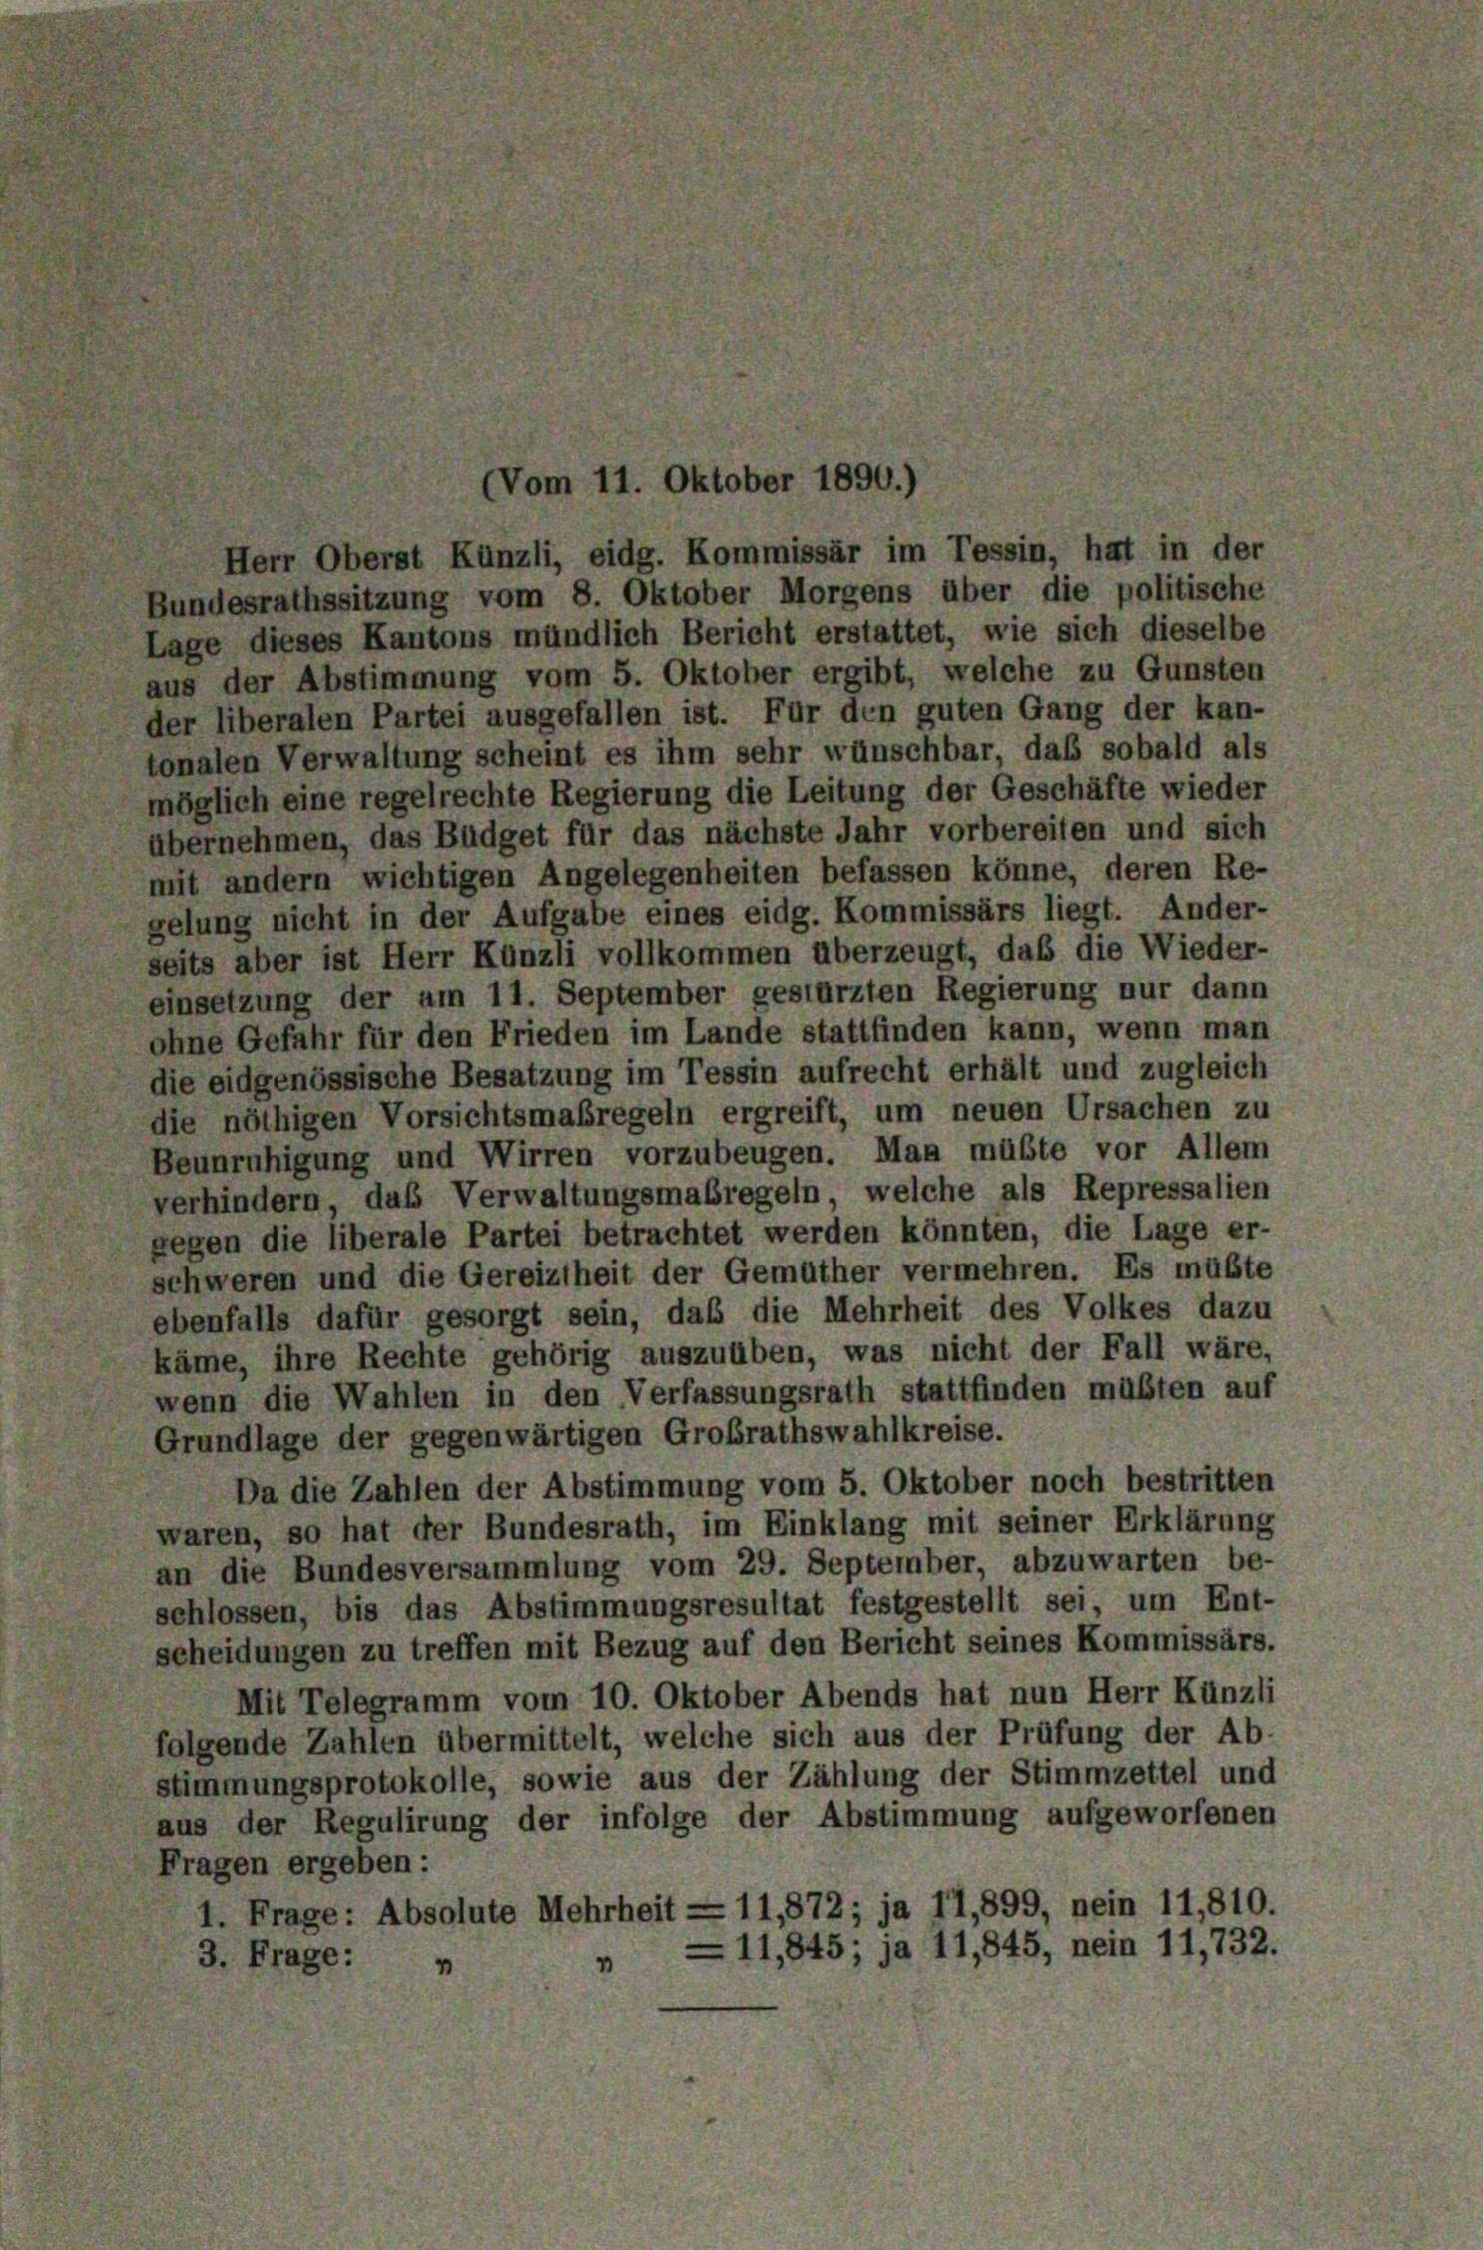
(Vom 11. Oktober 1890.)

Herr Oberst Künzli, eidg. Kommissär im Tessin, hat in der
Bundesrathssitzung vom 8. Oktober Morgens über die politische
Lage dieses Kantons mündlich Bericht erstattet, wie sich dieselbe
aus der Abstimmung vom 5. Oktober ergibt, welche zu Gunsten
ler liberalen Partei ausgefallen ist. Für den guten Gang der kan-
tonalen Verwaltung scheint es ihm sehr wünschbar, daß sobald als
möglich eine regelrechte Regierung die Leitung der Geschäfte wieder
bernehmen, das Büdget für das nächste Jahr vorbereiten und sich
mit andern wichtigen Angelegenheiten befassen könne, deren Re-
gelung nicht in der Aufgabe eines eidg. Kommissärs liegt. Ander-
seits aber ist Herr Künzli vollkommen überzeugt, daß die Wieder-
insetzung der um 11. September gestürzten Regierung nur dann
ohne Gefahr für den Frieden im Lande stattfinden kann, wenn man
die eidgenössische Besatzung im Tessin aufrecht erhält und zugleich
die nöthigen Vorsichtsmaßregeln ergreift, um neuen Ursachen zu
Beunruhigung und Wirren vorzubeugen. Man müßte vor Allem
verhindern das Verwaltungsmaßregeln, welche als Repressalien
gegen die liberale Partei betrachtet werden könnten, die Lage er-
schweren und die Gereiztheit der Gemüther vermehren. Es mußte
ebenfalls dafür gesorgt sein, daß die Mehrheit des Volkes dazu
käme, ihre Rechte gehörig auszuüben, was nicht der Fall wäre,
wenn die Wahlen in den Verfassungsrath stattfinden müßten auf
Grundlage der gegenwärtigen Großrathswahlkreise.
Da die Zahlen der Abstimmung vom 5. Oktober noch bestritten
waren, so hat der Bundesrath, im Einklang mit seiner Erklärung
an die Bundesversammlung vom 29. September, abzuwarten be-
schlossen, bis das Abstimmungsresultat festgestellt sei, um Ent-
scheidungen zu treffen mit Bezug auf den Bericht seines Kommissärs.
Mit Telegramm vom 10. Oktober Abends hat nun Herr Künzli
folgende Zahlen übermittelt, welche sich aus der Prüfung der Ab-
stimmungsprotokolle, sowie aus der Zählung der Stimmzettel und
aus der Regulirung der infolge der Abstimmung aufgeworfenen
Fragen ergeben:
1. Frage: Absolute Mehrheit — 11,872; ja 11,899, nein 11,810.
—11,845; ja 11,845, nein 11,732.
3. Frage: